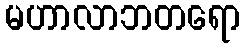
မဟာလာဘတရော